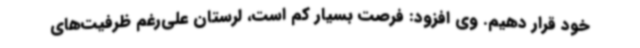
خود قرار دهیم. وی افزود: فرصت بسیار کم است، لرستان علی‌رغم ظرفیت‌های